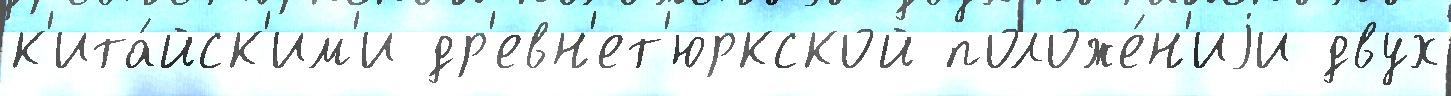
к'ита́йск'им'и др'евн'ет'юркской положе́н'иjи двух